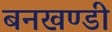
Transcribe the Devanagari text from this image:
बनखण्डी